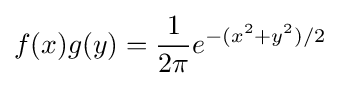
f(x)g(y)={\frac {1}{2\pi }}e^{-(x^{2}+y^{2})/2}